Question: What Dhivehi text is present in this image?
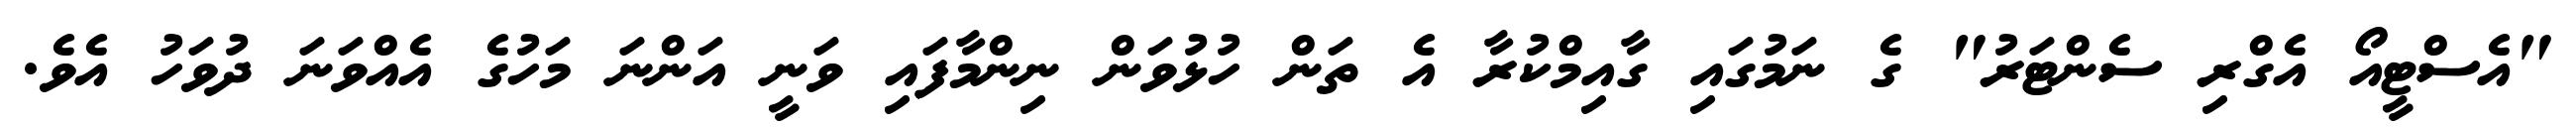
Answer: "އެސްޓީއޯ އެގްރި ސެންޓަރު" ގެ ނަމުގައި ގާއިމްކުރާ އެ ތަން ހުޅުވަން ނިންމާފައި ވަނީ އަންނަ މަހުގެ އެއްވަނަ ދުވަހު އެވެ.